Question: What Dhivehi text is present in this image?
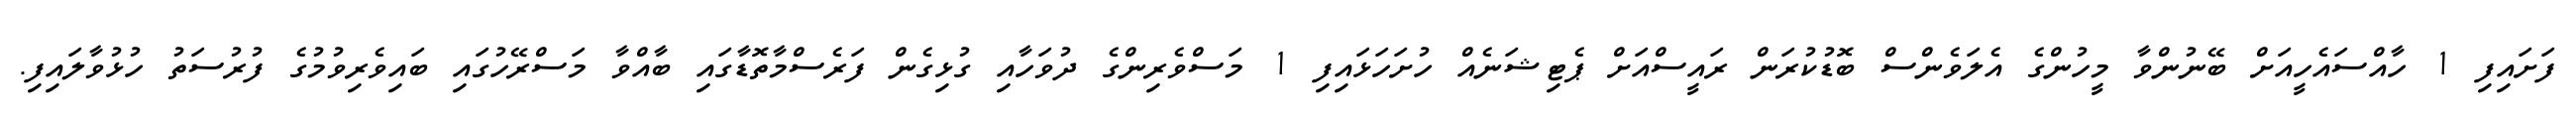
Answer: ފަށައިފި 1 ހާއްސައެހީއަށް ބޭނުންވާ މީހުންގެ އެލަވެންސް ބޮޑުކުރަން ރައީސްއަށް ޕެޓިޝަނެއް ހުށަހަޅައިފި 1 މަސްވެރިންގެ ދުވަހާއި ގުޅިގެން ފަރެސްމާތޮޑާގައި ބާއްވާ މަސްރޭހުގައި ބައިވެރިވުމުގެ ފުރުސަތު ހުޅުވާލައިފި.